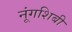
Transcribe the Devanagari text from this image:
नूंगशिबी